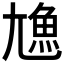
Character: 𩵛